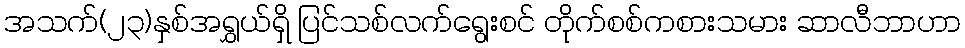
အသက်(၂၃)နှစ်အရွှယ်ရှိ ပြင်သစ်လက်ရွေးစင် တိုက်စစ်ကစားသမား ဆာလီဘာဟာ